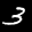
Label: 3